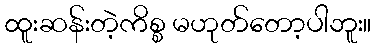
ထူးဆန်းတဲ့ကိစ္စ မဟုတ်တော့ပါဘူး။